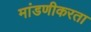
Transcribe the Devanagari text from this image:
मांडणीकरता